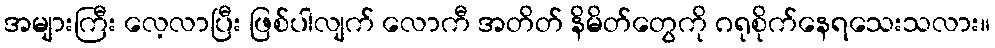
အများကြီး လေ့လာပြီး ဖြစ်ပါလျက် လောကီ အတိတ် နိမိတ်တွေကို ဂရုစိုက်နေရသေးသလား။